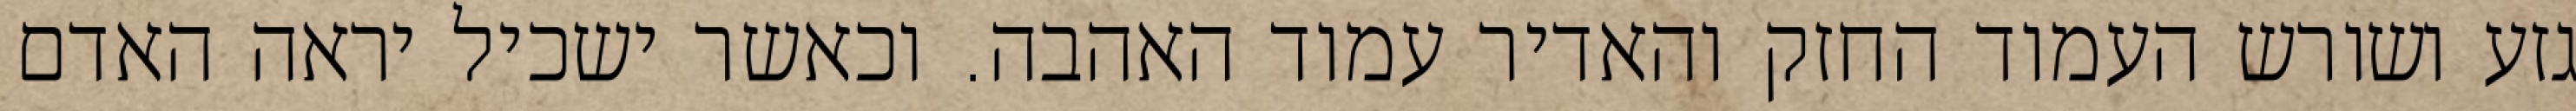
גזע ושורש העמוד החזק והאדיר עמוד האהבה. וכאשר ישכיל יראה האדם